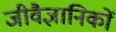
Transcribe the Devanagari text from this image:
जीवैज्ञानिकों